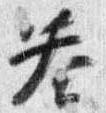
答